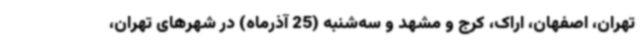
تهران، اصفهان، اراک، کرج و مشهد و سه‌شنبه (25 آذرماه) در شهرهای تهران،